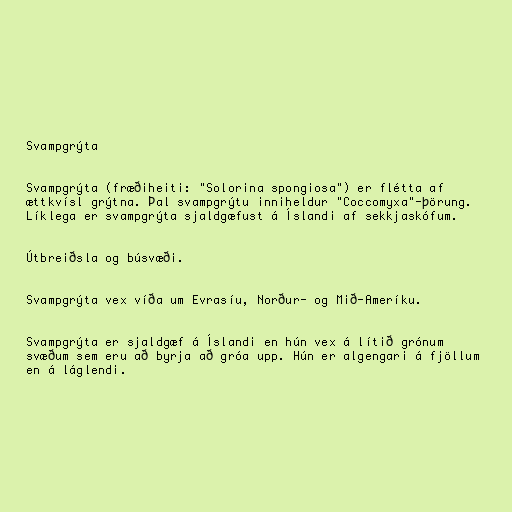
Svampgrýta

Svampgrýta (fræðiheiti: "Solorina spongiosa") er flétta af
ættkvísl grýtna. Þal svampgrýtu inniheldur "Coccomyxa"-þörung.
Líklega er svampgrýta sjaldgæfust á Íslandi af sekkjaskófum.

Útbreiðsla og búsvæði.

Svampgrýta vex víða um Evrasíu, Norður- og Mið-Ameríku.

Svampgrýta er sjaldgæf á Íslandi en hún vex á lítið grónum
svæðum sem eru að byrja að gróa upp. Hún er algengari á fjöllum
en á láglendi.